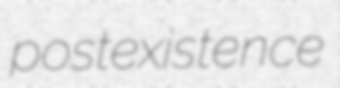
postexistence